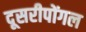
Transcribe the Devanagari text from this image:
दूसरीपोंगल